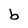
Character: b